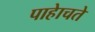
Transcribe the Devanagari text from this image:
पाहेाचते